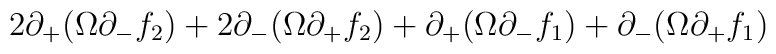
2 \partial_+ ( \Omega \partial_- f_2 )+ 2 \partial_- ( \Omega \partial_+ f_2 )+ \partial_+ ( \Omega \partial_- f_1 )+ \partial_- ( \Omega \partial_+ f_1 )